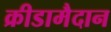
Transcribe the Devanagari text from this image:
क्रीडामैदान